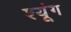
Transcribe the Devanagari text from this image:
श्यूंग